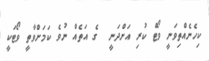
ކިހެނެއްތިވަނީ ވޯޓް ކުރި އަށްދަނީ  ގެ އަތެއް ނުވެ ކަމަށްވާތީ ވޯޓަކީ